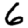
Digit: 6